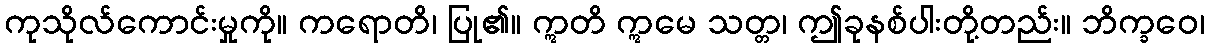
ကုသိုလ်ကောင်းမှုကို။ ကရောတိ၊ ပြု၏။ ဣတိ ဣမေ သတ္တ၊ ဤခုနစ်ပါးတို့တည်း။ ဘိက္ခဝေ၊